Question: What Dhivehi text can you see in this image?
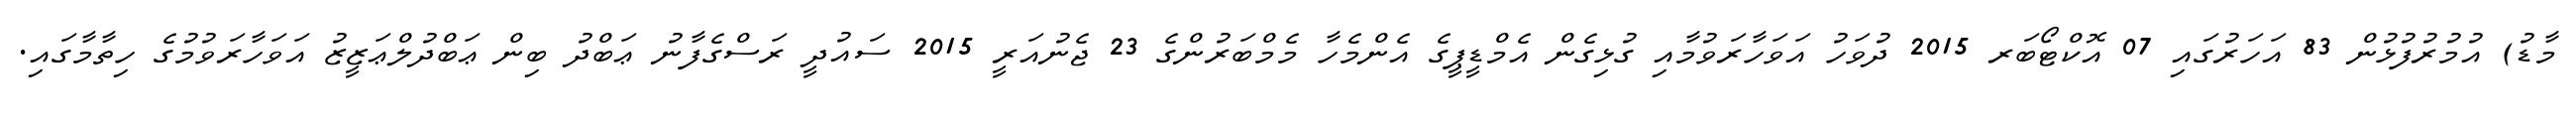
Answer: މާޑު) އުމުރުފުޅުން 83 އަހަރުގައި 07 އޮކްޓޯބަރ 2015 ދުވަހު އަވަހާރަވުމާއި ގުޅިގެން އެމްޑީޕީގެ އެންމެހާ މެމްބަރުންގެ 23 ޖެނުއަރީ 2015 ސައުދީ ރަސްގެފާނު ޢަބްދު ބިން ޢަބްދުލްޢަޒީޒު އަވަހާރަވުމުގެ ހިތާމާގައި.